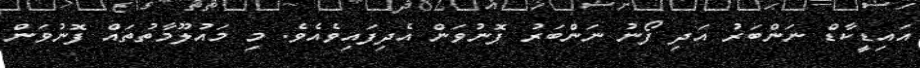
އައިޑީކާޑް ނަންބަރު އަދި ފޯނު ނަންބަރު ފޮނުވަން އެދިފައިވެއެވެ. މި މައުލޫމާތުތައް ފޮނުވަން